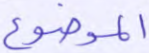
الموضوع